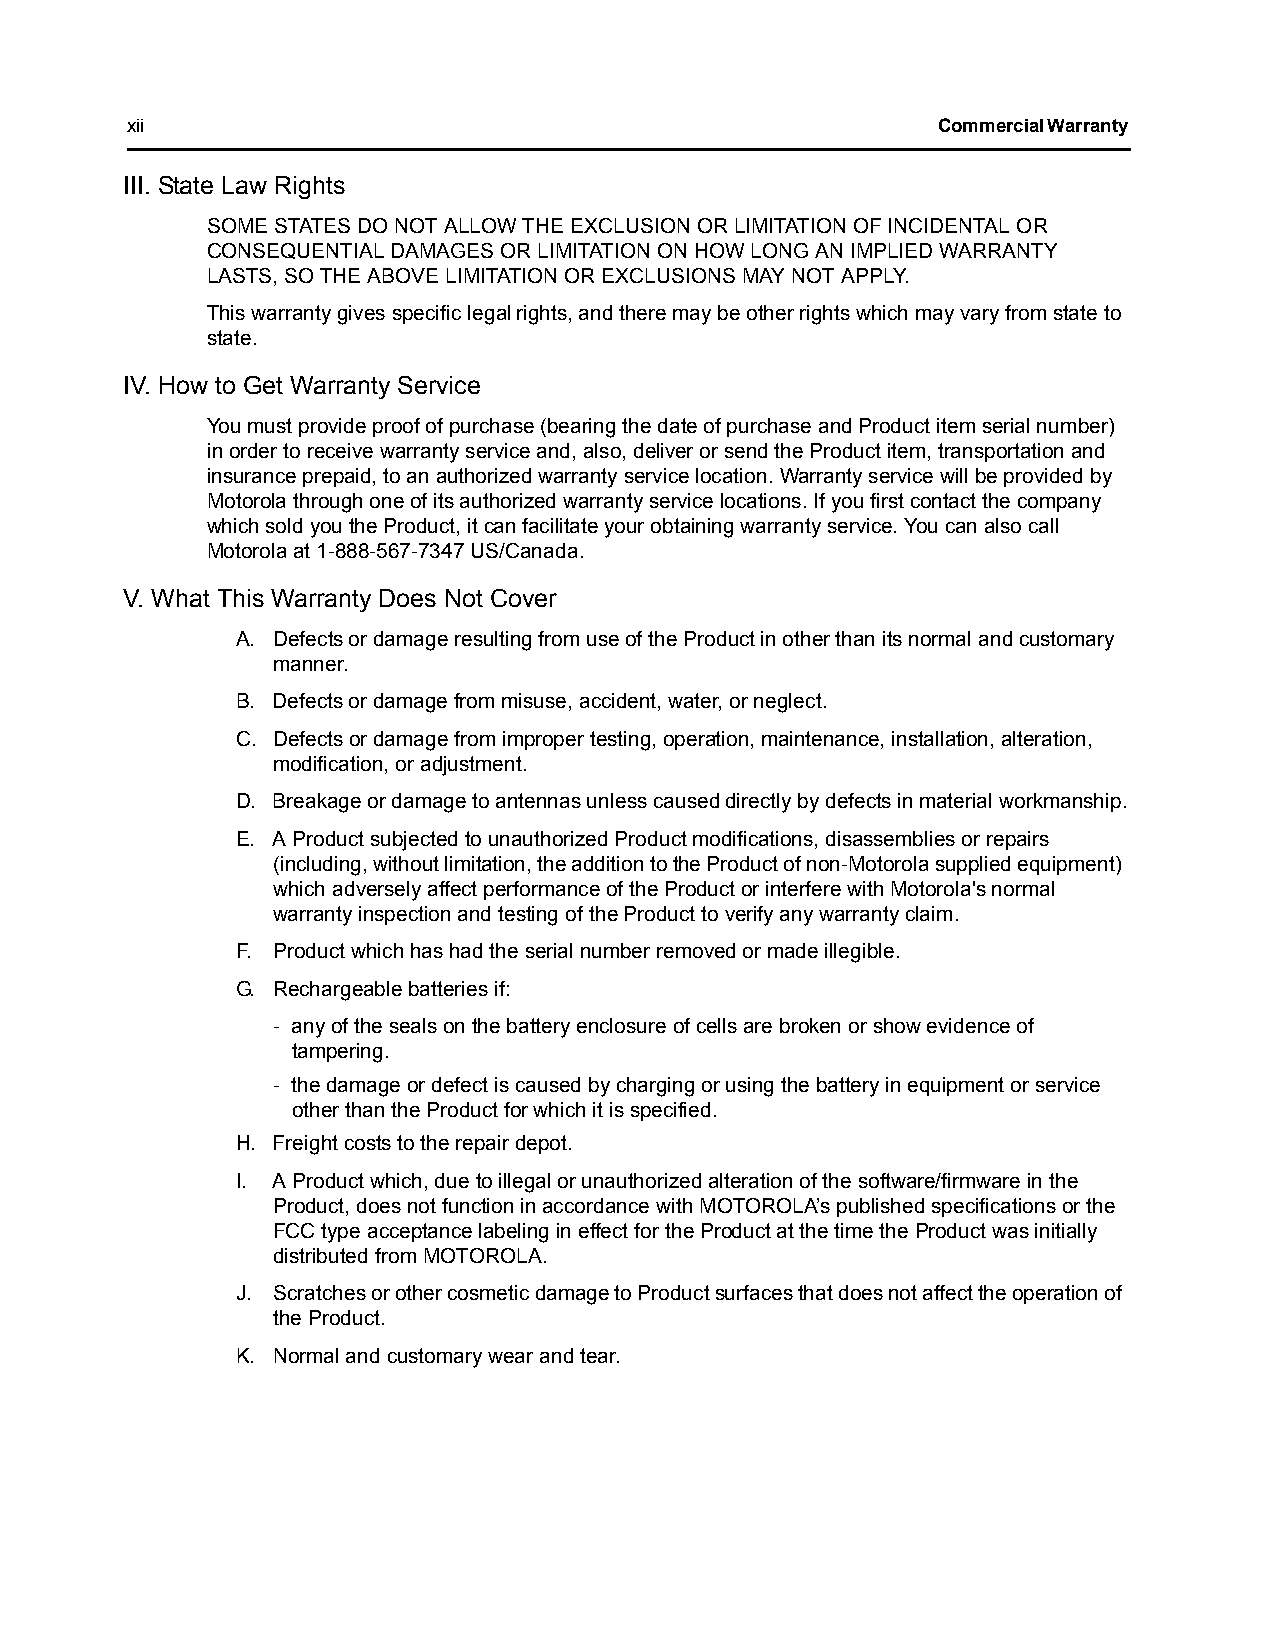
xii                                                   Commercial Warranty
 III. State Law Rights
 SOME STATES DO NOT ALLOW THE EXCLUSION OR LIMITATION OF INCIDENTAL OR
 CONSEQUENTIAL DAMAGES OR LIMITATION ON HOW LONG AN IMPLIED WARRANTY
 LASTS, SO THE ABOVE LIMITATION OR EXCLUSIONS MAY NOT APPLY.
 This warranty gives specific legal rights, and there may be other rights which may vary from state to
 state.
 IV. How to Get Warranty Service
 You must provide proof of purchase (bearing the date of purchase and Product item serial number)
 in order to receive warranty service and, also, deliver or send the Product item, transportation and
 insurance prepaid, to an authorized warranty service location. Warranty service will be provided by
 Motorola through one of its authorized warranty service locations. If you first contact the company
 which sold you the Product, it can facilitate your obtaining warranty service. You can also call
 Motorola at 1-888-567-7347 US/Canada.
 V. What This Warranty Does Not Cover
 A. Defects or damage resulting from use of the Product in other than its normal and customary
 manner.
 B. Defects or damage from misuse, accident, water, or neglect.
 C. Defects or damage from improper testing, operation, maintenance, installation, alteration,
 modification, or adjustment.
 D. Breakage or damage to antennas unless caused directly by defects in material workmanship.
 E. A Product subjected to unauthorized Product modifications, disassemblies or repairs
 (including, without limitation, the addition to the Product of non-Motorola supplied equipment)
 which adversely affect performance of the Product or interfere with Motorola's normal
 warranty inspection and testing of the Product to verify any warranty claim.
 F. Product which has had the serial number removed or made illegible.
 G. Rechargeable batteries if:
 - any of the seals on the battery enclosure of cells are broken or show evidence of
 tampering.
 - the damage or defect is caused by charging or using the battery in equipment or service
 other than the Product for which it is specified.
 H. Freight costs to the repair depot.
 I. A Product which, due to illegal or unauthorized alteration of the software/firmware in the
 Product, does not function in accordance with MOTOROLA’s published specifications or the
 FCC type acceptance labeling in effect for the Product at the time the Product was initially
 distributed from MOTOROLA.
 J. Scratches or other cosmetic damage to Product surfaces that does not affect the operation of
 the Product.
 K. Normal and customary wear and tear.